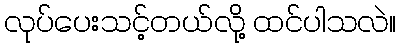
လုပ်ပေးသင့်တယ်လို့ ထင်ပါသလဲ။